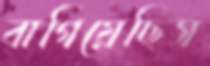
বাগিয়েছিস